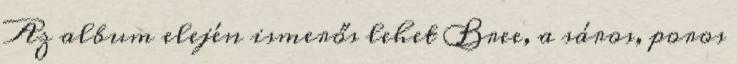
Az album elején ismerős lehet Bree, a sáros, poros